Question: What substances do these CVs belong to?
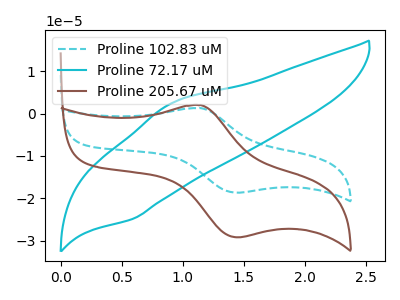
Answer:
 <answer>The cyan dashed curve is labeled "Proline 102.83 uM". The cyan curve is labeled "Proline 72.17 uM". The brown curve is labeled "Proline 205.67 uM".</answer>
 <eval></eval>